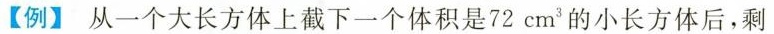
【例】从一个大长方体上截下一个体积是 72cm^{3} 小长方体后，剩